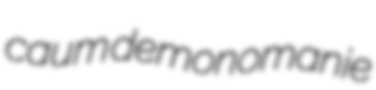
caum demonomanie